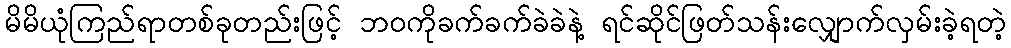
မိမိယုံကြည်ရာတစ်ခုတည်းဖြင့် ဘဝကိုခက်ခက်ခဲခဲနဲ့ ရင်ဆိုင်ဖြတ်သန်းလျှောက်လှမ်းခဲ့ရတဲ့